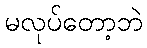
မလုပ်တော့ဘဲ